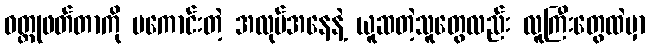
ဝတ္ထုဖတ်တာကို မကောင်းတဲ့ အလုပ်အနေနဲ့ ယူဆတဲ့သူတွေလည်း လူကြီးတွေထဲမှာ